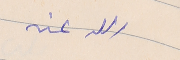
الله عنه